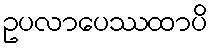
ဥပလာပေဿထာပိ